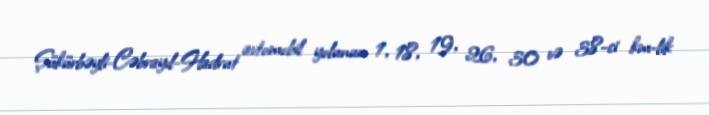
Şükürbəyli-Cəbrayıl-Hadrut avtomobil yolunun 1, 18, 19, 26, 30 və 38-ci km-lik